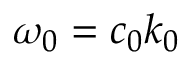
\omega _ { 0 } = c _ { 0 } k _ { 0 }